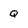
Character: Q